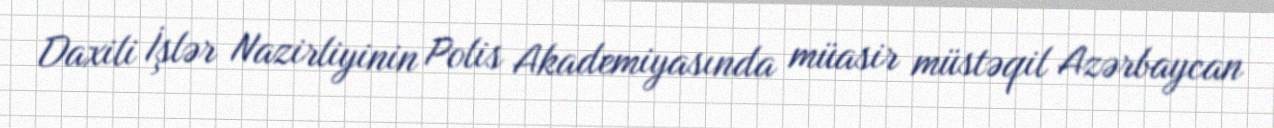
Daxili İşlər Nazirliyinin Polis Akademiyasında müasir müstəqil Azərbaycan